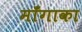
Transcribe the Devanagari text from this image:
माँगाका